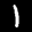
Label: 1